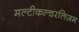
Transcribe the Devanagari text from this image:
मल्टीकल्चरलिज़म